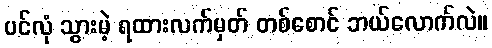
ပင်လုံ သွားမဲ့ ရထားလက်မှတ် တစ်စောင် ဘယ်လောက်လဲ။